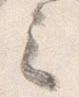
之